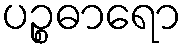
ပဉ္စဓာရော